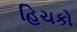
હિચકો